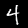
Label: 4